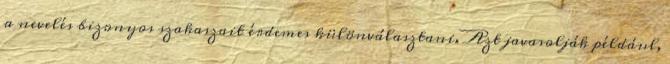
a nevelés bizonyos szakaszait érdemes különválasztani. Azt javasolják például,